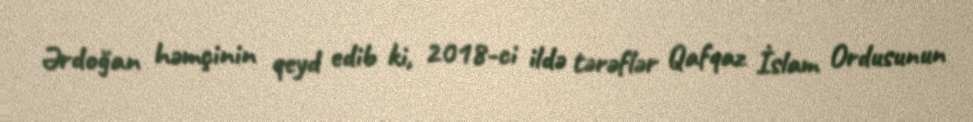
Ərdoğan həmçinin qeyd edib ki, 2018-ci ildə tərəflər Qafqaz İslam Ordusunun